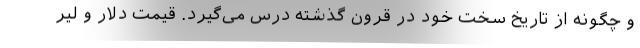
و چگونه از تاریخ سخت خود در قرون گذشته درس می‌گیرد. قیمت دلار و لیر